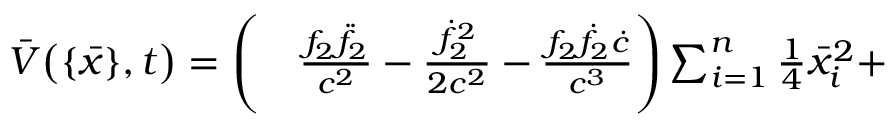
\begin{array} { r l } { \bar { V } \big ( \{ \bar { x } \} , t \big ) = \Bigg ( } & { { } \frac { f _ { 2 } \ddot { f } _ { 2 } } { c ^ { 2 } } - \frac { \dot { f } _ { 2 } ^ { 2 } } { 2 c ^ { 2 } } - \frac { f _ { 2 } \dot { f } _ { 2 } \dot { c } } { c ^ { 3 } } \Bigg ) \sum _ { i = 1 } ^ { n } { \textstyle \frac { 1 } { 4 } } \bar { x } _ { i } ^ { 2 } + } \end{array}